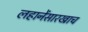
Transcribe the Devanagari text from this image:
लहानेंसारखाच